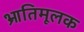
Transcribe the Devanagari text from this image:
भ्रातिमूलक